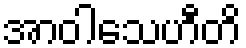
အာဝါသေဟီတိ